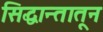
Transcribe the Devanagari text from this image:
सिद्धान्तातून